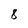
Character: 8